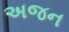
અજન